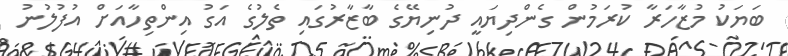
ބަޔަކު މުޒާހަރާ ކުރަމުން ގެންދިޔައީ ދުނިޔޭގެ ބާޒާރުގައި ތެލުގެ އަގު އިންތިހާއަށް އުފުލުނު